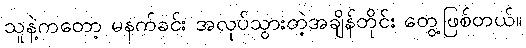
သူနဲ့ကတော့ မနက်ခင်း အလုပ်သွားတဲ့အချိန်တိုင်း တွေ့ဖြစ်တယ်။